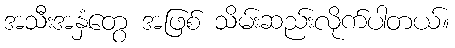
အသီးအနှံတွေ အဖြစ် သိမ်းဆည်းလိုက်ပါတယ်။